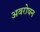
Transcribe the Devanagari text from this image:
अवरोघन